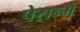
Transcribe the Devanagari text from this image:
पेरान्मै